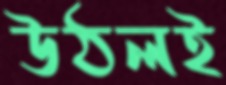
উঠলই